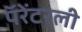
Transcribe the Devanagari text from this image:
पॅरेंटरली